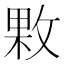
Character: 㪙